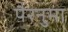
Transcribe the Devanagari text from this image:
पैरनुमा